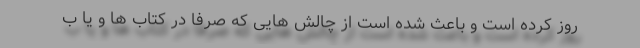
روز کرده است و باعث شده است از چالش هایی که صرفا در کتاب ها و یا ب